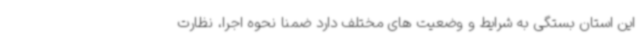
این استان بستگی به شرایط و وضعیت های مختلف دارد ضمناً نحوه اجرا، نظارت